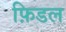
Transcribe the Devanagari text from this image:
फ़िडल